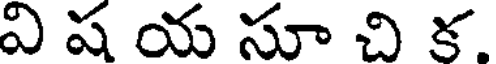
వి ష య సూ చి క.